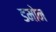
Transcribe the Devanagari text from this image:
डमोन